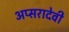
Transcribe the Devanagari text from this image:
अप्सरादेवी